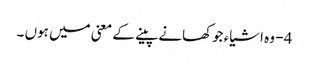
4 - وہ اشیاء جوکھانے پینے کے معنی میں ہوں ۔